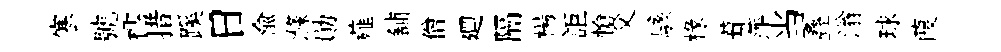
寒號櫺措蹊日俞滌勛薤舖僧廽隔楊詎愴父駭椽葺萍当叠滃球葭